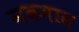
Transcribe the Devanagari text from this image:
नवमास